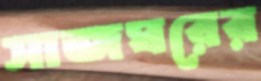
সাজঘরের